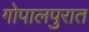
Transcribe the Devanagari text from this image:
गोपालपुरात